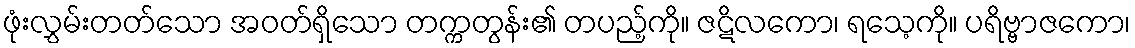
ဖုံးလွှမ်းတတ်သော အဝတ်ရှိသော တက္ကတွန်း၏ တပည့်ကို။ ဇဋိလကော၊ ရသေ့ကို။ ပရိဗ္ဗာဇကော၊